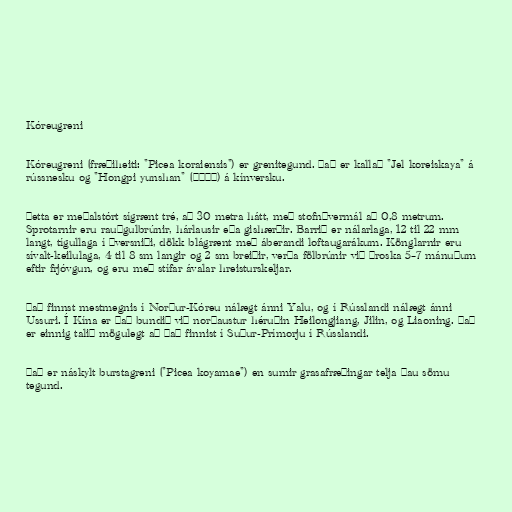
Kóreugreni

Kóreugreni (fræðiheiti: "Picea koraiensis") er grenitegund. Það er kallað "Jel koreiskaya" á
rússnesku og "Hongpi yunshan" (紅皮雲杉) á kínversku.

Þetta er meðalstórt sígrænt tré, að 30 metra hátt, með stofnþvermál að 0,8 metrum.
Sprotarnir eru rauðgulbrúnir, hárlausir eða gishærðir. Barrið er nálarlaga, 12 til 22 mm
langt, tígullaga í þversniði, dökk blágrænt með áberandi loftaugarákum. Könglarnir eru
sívalt-keilulaga, 4 til 8 sm langir og 2 sm breiðir, verða fölbrúnir við þroska 5–7 mánuðum
eftir frjóvgun, og eru með stífar ávalar hreisturskeljar.

Það finnst mestmegnis í Norður-Kóreu nálægt ánni Yalu, og í Rússlandi nálægt ánni
Ussuri. Í Kína er það bundið við norðaustur héruðin Heilongjiang, Jilin, og Liaoning. Það
er einnig talið mögulegt að það finnist í Suður-Prímorju í Rússlandi.

Það er náskylt burstagreni ("Picea koyamae") en sumir grasafræðingar telja þau sömu
tegund.